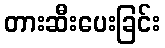
တားဆီးပေးခြင်း